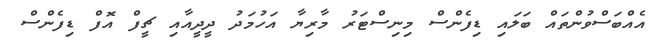
އެއްބަސްވުންތައް ބަލައި ޑިފެންސް މިނިސްޓަރު މާރިޔާ އަހުމަދު ދީދީއާއި ޗީފް އޮފް ޑިފެންސް